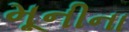
મૂનીના